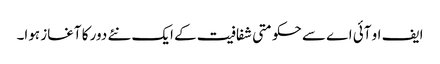
ایف او آئی اے سے حکومتی شفافیت کے ایک نئے دور کا آغاز ہوا۔